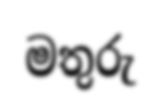
මතුරු